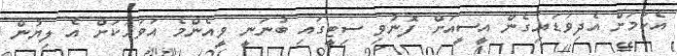
އެކަމަށް އެދިވަޑައިގެން އީސީއަށް ފޮނުވި ސިޓީގައި ބުނަނީ ވީއެންމެ އަވަހަކަށް އެ ލިޔުން